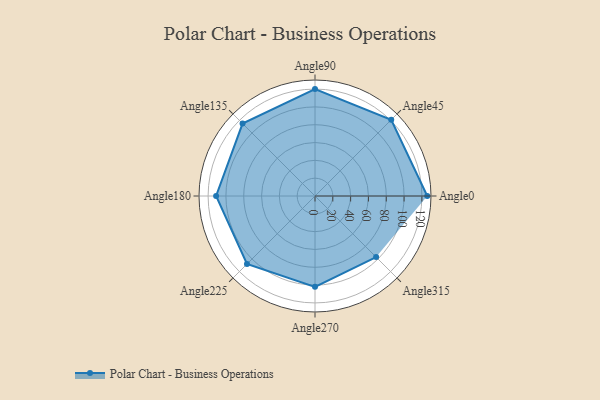
{"axis": {"x": "Angle", "y": "Radius"}, "legend": [""], "data": [{"x": "Angle0", "y": 126.0, "type": ""}, {"x": "Angle45", "y": 121.0, "type": ""}, {"x": "Angle90", "y": 120.0, "type": ""}, {"x": "Angle135", "y": 115.0, "type": ""}, {"x": "Angle180", "y": 111.0, "type": ""}, {"x": "Angle225", "y": 108.0, "type": ""}, {"x": "Angle270", "y": 102.0, "type": ""}, {"x": "Angle315", "y": 97.0, "type": ""}]}